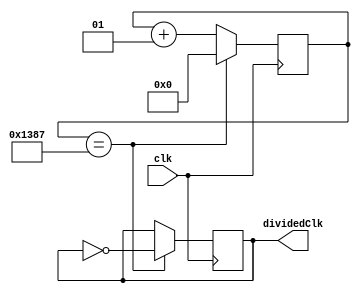
// counter based
module clock_divider(
    input wire clk, // 100 MHz
    output reg dividedClk  = 0
    );
    
    localparam div_val = 4999; // 10KHz
    // div_val = [clk / (2*desired freq)] - 1
    
    integer counter = 0;
    
    always @(posedge clk)
    begin
        if (counter == div_val)
        begin
            counter <= 0;
            dividedClk <= ~dividedClk;
        end
        
        else
        begin
            counter <= counter + 1;
            dividedClk <= dividedClk;
        end
        
    end
    
endmodule